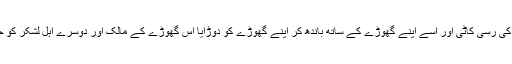
رات کے آخری حصے میں آپ نے اس لشکر میں بندھے ہوئے سب سے قیمتی گھوڑے کی رسی کاٹی اور اسے اپنے گھوڑے کے ساتھ باندھ کر اپنے گھوڑے کو دوڑایا اس گھوڑے کے مالک اور دوسرے اہل لشکر کو جب علم ہوا تو وہ گھوڑوں پر آپ کے پیچھے نکلے اور ایک گھڑ سوار آپ تک پہنچ گیا ۔